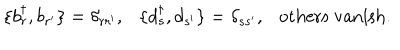
LaTeX: \{ b _ { r } ^ { \dagger } , b _ { r ^ { \prime } } \} = \delta _ { r r ^ { \prime } } , \{ d _ { s } ^ { \dagger } , d _ { s ^ { \prime } } \} = \delta _ { s s ^ { \prime } } , \mathrm { o t h e r s ~ v a n i s h } .